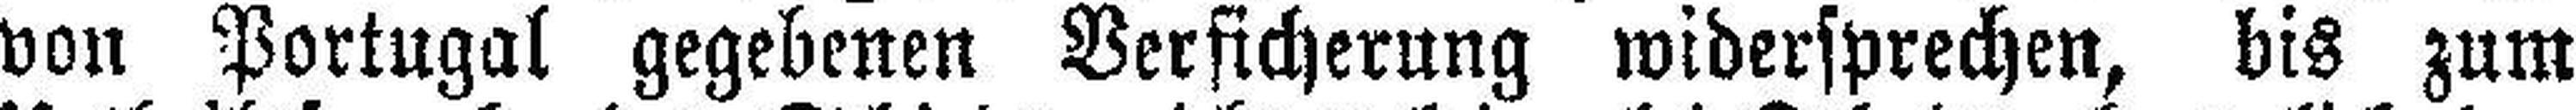
von Portugal gegebenen Versicherung widersprechen, bis zum